Sketch of the medical history of the native army of Bombay, for the year
Year: 1872
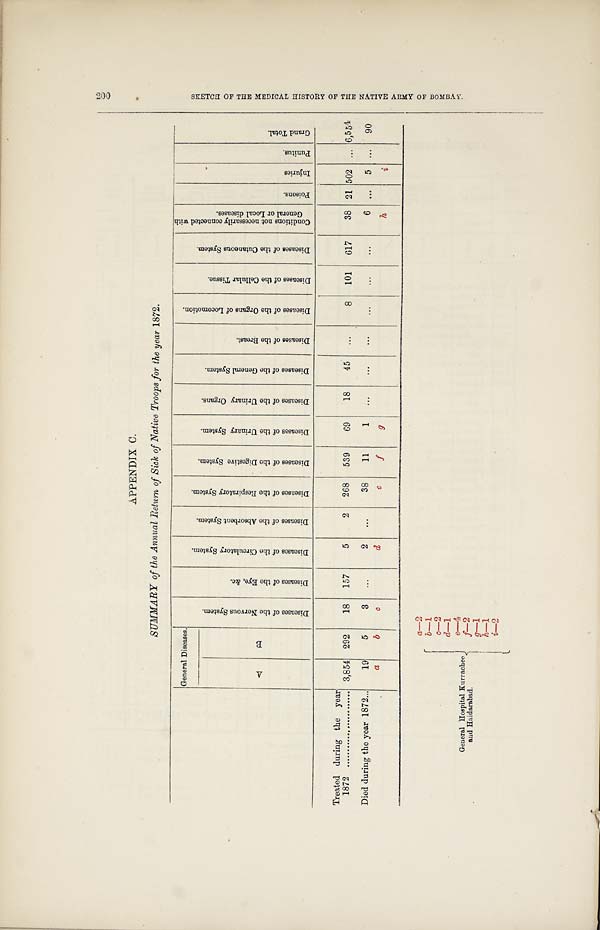
APPENDIX C.
SUMMARY of the Annual Return of Sick of Native Troops for the year 1872.
G e n e r a l D i s e a s e s .
D i s e a s e s o f t h e N e r v o u s S y s t e m .
D i s e a s e s o f t h e E y e & c .
D i s e a s e s o f t h e C i r c u l a t o r y S y s t e m .
D i s e a s e s o f t h e A b s o r b e n t S y s t e m .
D i s e a s e s o f t h e R e s p i r a t o r y S y s t e m .
D i s e a s e s o f t h e D i g e s t i v e S y s t e m .
D i s e a s e s o f t h e U r i n a r y S y s t e m .
D i s e a s e s o f t h e U r i n a r y O r g a n s .
D i s e a s e s o f t h e G e n e r a l S y s t e m .
D i s e a s e s o f t h e B r e a s t .
D i s e a s e s o f t h e O r g a n s o f L o c o m o t i o n .
D i s e a s e s o f t h e C e l l u l a r T i s s u e .
D i s e a s e s o f t h e C u t a n e o u s S y s t e m .
C o n d i t i o n n o t n e c e s s a r i l y c o n n e c t e d w i t h G e n e r a l o r L o c a l d i s e a s e s .
P o i s o n s .
I n j u r i e s .
P u n i t u s .
G r a n d T o t a l .
A
B
Treated during the year
1872
3,854 292
18
157
5
2
268
539
69
18
45
...
8
101
617
38 21 502 ... 6,55
Died during the year 1872
19
5
3
...
2
...
38
11
1
...
...
. . .
. . .
...
...
6 ...
5 ...
90
a
b
c
d
e
f
g
h
i
General Hospital Kurrachee
and Haidarabad.
a
— 2
b
— 1
c
— 2
d
— 1 e
— 4
f
— 2
g
— 1
h
— 1
i
— 2
S K E T C H O F T H E M E D I C A L H I S T O R Y O F T H E N A T I V E A R M Y O F B O M B A Y .